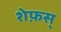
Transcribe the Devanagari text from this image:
शेफ़स्